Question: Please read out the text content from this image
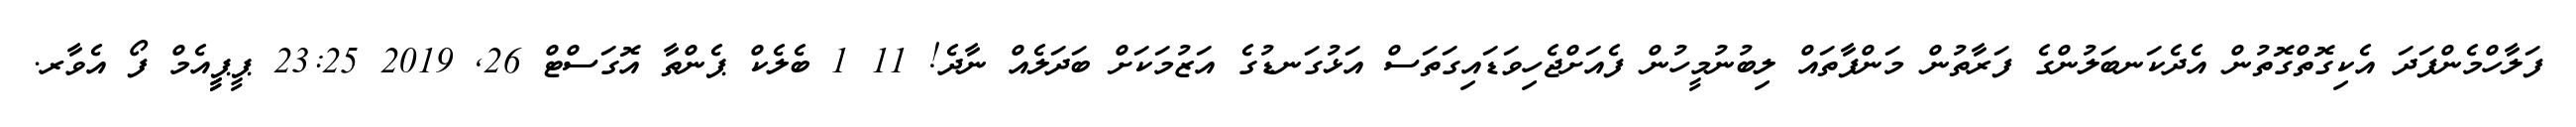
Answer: ފަލާހްމެންފަދަ އެކިގޮތްގޮތުން އެދެކަނބަލުންގެ ފަރާތުން މަންފާތައް ލިބުނުމީހުން ފެއަށްޖެހިވަޑައިގަތަސް އަޅުގަނޑުގެ އަޒުމަކަށް ބަދަލެއް ނާދެ! 11 1 ބެލެކް ޕެންތާ އޮގަސްޓް 26, 2019 23:25 ޕީޕީީއެމް ފޯ އެވާރ.